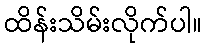
ထိန်းသိမ်းလိုက်ပါ။